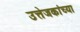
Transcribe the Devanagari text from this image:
उत्तेजकांच्या